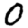
Digit: 0